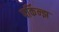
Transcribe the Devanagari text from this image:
पर्किन्झ